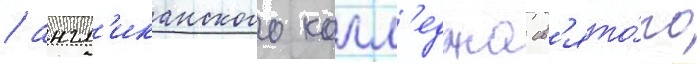
/ англ'иканского колл'еджа св'ято́го